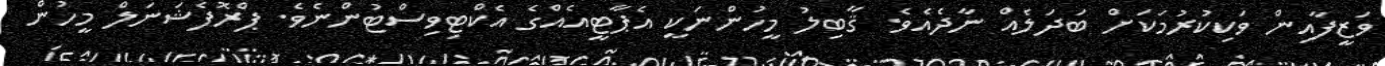
ވަޒީފާއިން ވަކިކުރުމަކަށް ބަދަލެއް ނާދެއެވެ. ޤާބިލު މީހުންނަކީ އެޕާޓީއެއްގެ އެކްޓިވިސްޓުންނެވެ. ޕްރޮފެޝަނަލް މީހުން